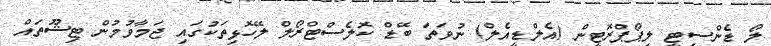
ލޯ ޑެންސިޓީ ލިޕޯޕްރޮޓީން (އެލްޑީއެލް) ނުވަތަ ބޭޑް ކޮލެސްޓްރޯލް ލޭހޮޅިތަކުގައި ޖަމާވުމުން ޓިޝޫތައް